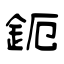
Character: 鈪